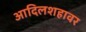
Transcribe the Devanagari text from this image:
आदिलशहावर